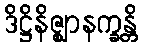
ဒိဋ္ဌိနိဇ္ဈာနက္ခန္တိ